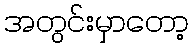
အတွင်းမှာတော့